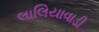
લાલિયાવાડી